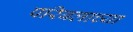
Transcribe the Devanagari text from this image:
परिबलाच्या